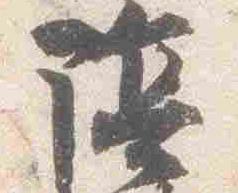
陰